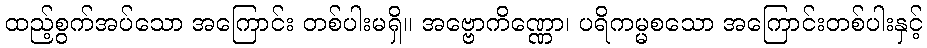
ထည့်စွက်အပ်သော အကြောင်း တစ်ပါးမရှိ။ အဗ္ဗောကိဏ္ဏော၊ ပရိကမ္မစသော အကြောင်းတစ်ပါးနှင့်